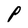
Character: P